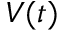
V ( t )